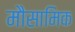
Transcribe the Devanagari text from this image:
मौसामिक